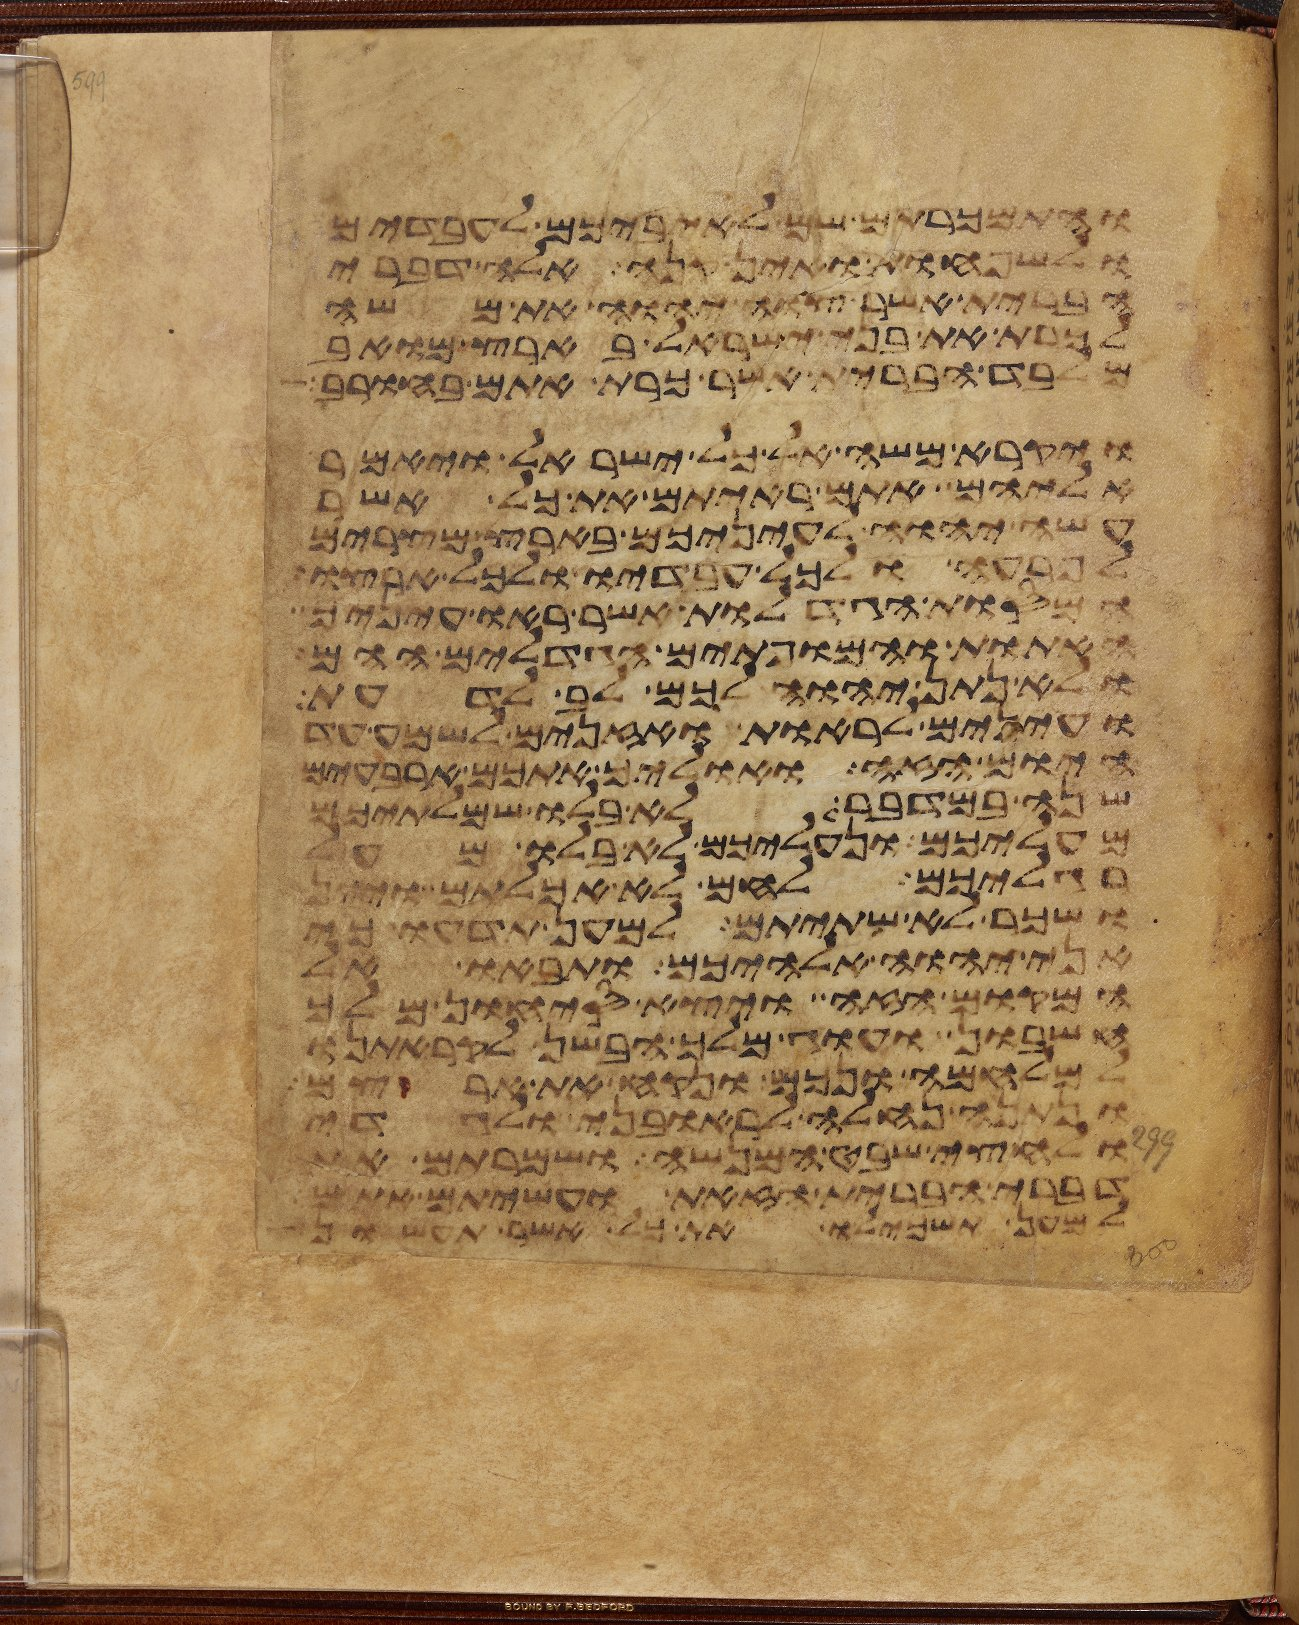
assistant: והתמכרתם שם לאיביכם לעבדים
ולשפחות ואין קנה אלה דברי
הברית אשר צוה יהוה את משה
לכרת את בני ישראל בארץ מואב
מלבד הברית אשר כרת אתם בחורב
ויקרא משה אל כל ישראל ויאמר
אליהם אתם ראיתם את כל אשר
עשה יהוה לעיניכם בארץ מצרים
לפרעה ולכל עבדיו ולכל ארצו
המסות הגדלות אשר ראו עיניך
האתות והמופתים הגדלים ההם
ולא נתן יהוה לכם לב לדעת
ועינים לראות ואזנים לשמע עד
היום הזה ואוליך אתכם ארבעים
שנה במדבר לא בלו שמלתיכם
מעליכם ונעליכם לא בלו מעל
רגליכם לחם לא אכלתם ויין
ושכר לא שתיתם למען תדעו כי
אני יהוה אלהיכם ותבאו אל
המקום הזה ויצא סיחון מלך
חשבון ועוג מלך הבשן לקראתנו
למלחמה ונכם ונקח את ארצם
ונתנה נחלה לראובני ולגדי
ולחצי שבט המנשה ושמרתם את
דברי הברית הזאת ועשיתם אתם
למען תשכילו את כל אשר תעשון